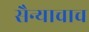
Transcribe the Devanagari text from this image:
सैन्याचाच